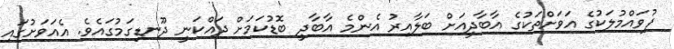
ފުވައްމުލަކުގެ އަވަށްތަކުގެ އާބާދީއަށް ބަލާއިރު އެންމެ އާބާދީ ބޮޑުކަމަށް ދައްކަނީ ދޫނޑިގަމުގައެވެ. އެއަވަށުގައި